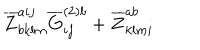
LaTeX: \overline { { { Z } } } _ { b k l m } ^ { a i j } \overline { { { G } } } _ { i j } ^ { ( 2 ) b } + \overline { { { Z } } } _ { k l m i } ^ { a b }